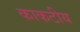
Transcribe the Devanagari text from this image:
काकटीय